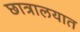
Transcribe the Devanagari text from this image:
छात्रालयात